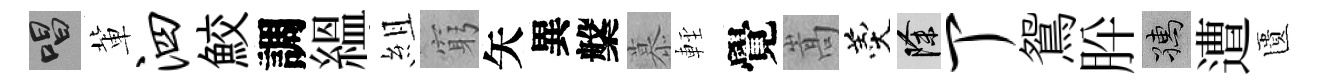
唱軰泗鮫調緼組窮矢異槃慕䡖覺嵩羹除丁鴛肸孺遭匱